Indian journal of veterinary science and animal husbandry - Volume 8,
Year: 1938
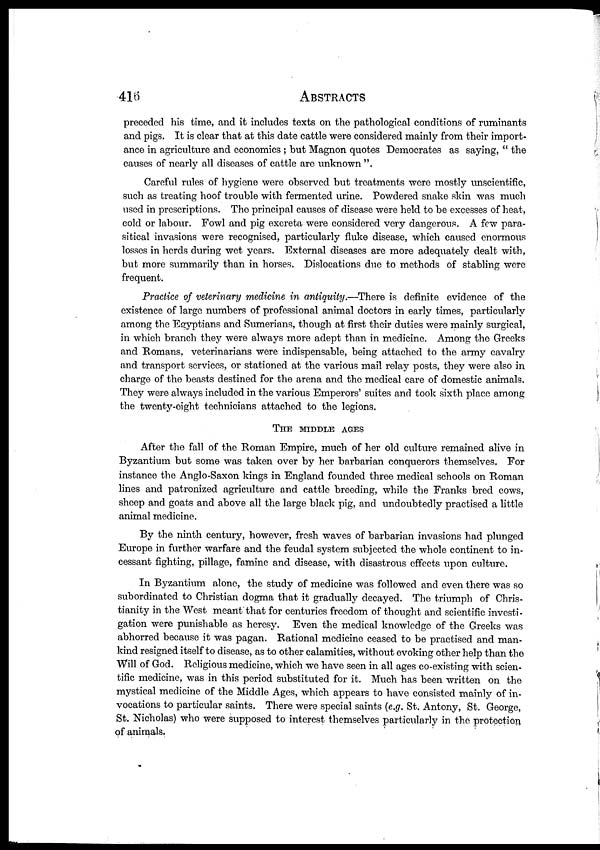
416
ABSTRACTS
preceded his time, and it includes texts on the pathological conditions of ruminants
and pigs. It is clear that at this date cattle were considered mainly from their import-
ance in agriculture and economics ; but Magnon quotes Democrates as saying, " the
causes of nearly all diseases of cattle are unknown ".
Careful rules of hygiene were observed but treatments were mostly unscientific,
such as treating hoof trouble with fermented urine. Powdered snake skin was much
used in prescriptions. The principal causes of disease were held to be excesses of heat,
cold or labour. Fowl and pig excreta were considered very dangerous. A few para-
sitical invasions were recognised, particularly fluke disease, which caused enormous
losses in herds during wet years. External diseases are more adequately dealt with,
but more summarily than in horses. Dislocations due to methods of stabling were
frequent.
Practice of veterinary medicine in antiquity.—There is definite evidence of the
existence of large numbers of professional animal doctors in early times, particularly
among the Egyptians and Sumerians, though at first their duties were mainly surgical,
in which branch they were always more adept than in medicine. Among the Greeks
and Romans, veterinarians were indispensable, being attached to the army cavalry
and transport services, or stationed at the various mail relay posts, they were also in
charge of the beasts destined for the arena and the medical care of domestic animals.
They were always included in the various Emperors' suites and took sixth place among
the twenty-eight technicians attached to the legions.
THE MIDDLE AGES
After the fall of the Roman Empire, much of her old culture remained alive in
Byzantium but some was taken over by her barbarian conquerors themselves. For
instance the Anglo-Saxon kings in England founded three medical schools on Roman
lines and patronized agriculture and cattle breeding, while the Franks bred cows,
sheep and goats and above all the large black pig, and undoubtedly practised a little
animal medicine.
By the ninth century, however, fresh waves of barbarian invasions had plunged
Europe in further warfare and the feudal system subjected the whole continent to in-
cessant fighting, pillage, famine and disease, with disastrous effects upon culture.
In Byzantium alone, the study of medicine was followed and even there was so
subordinated to Christian dogma that it gradually decayed. The triumph of Chris-
tianity in the West meant that for centuries freedom of thought and scientific investi-
gation were punishable as heresy. Even the medical knowledge of the Greeks was
abhorred because it was pagan. Rational medicine ceased to be practised and man-
kind resigned itself to disease, as to other calamities, without evoking other help than the
Will of God. Religious medicine, which we have seen in all ages co-existing with scien-
tific medicine, was in this period substituted for it. Much has been written on the
mystical medicine of the Middle Ages, which appears to have consisted mainly of in-
vocations to particular saints. There were special saints (e.g. St. Antony, St. George,
St. Nicholas) who were supposed to interest themselves particularly in the protection
of animals.